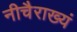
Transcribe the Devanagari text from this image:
नीचैराख्यं